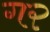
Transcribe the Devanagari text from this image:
ग२